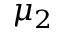
\mu _ { 2 }